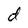
Character: d